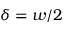
\delta = w / 2